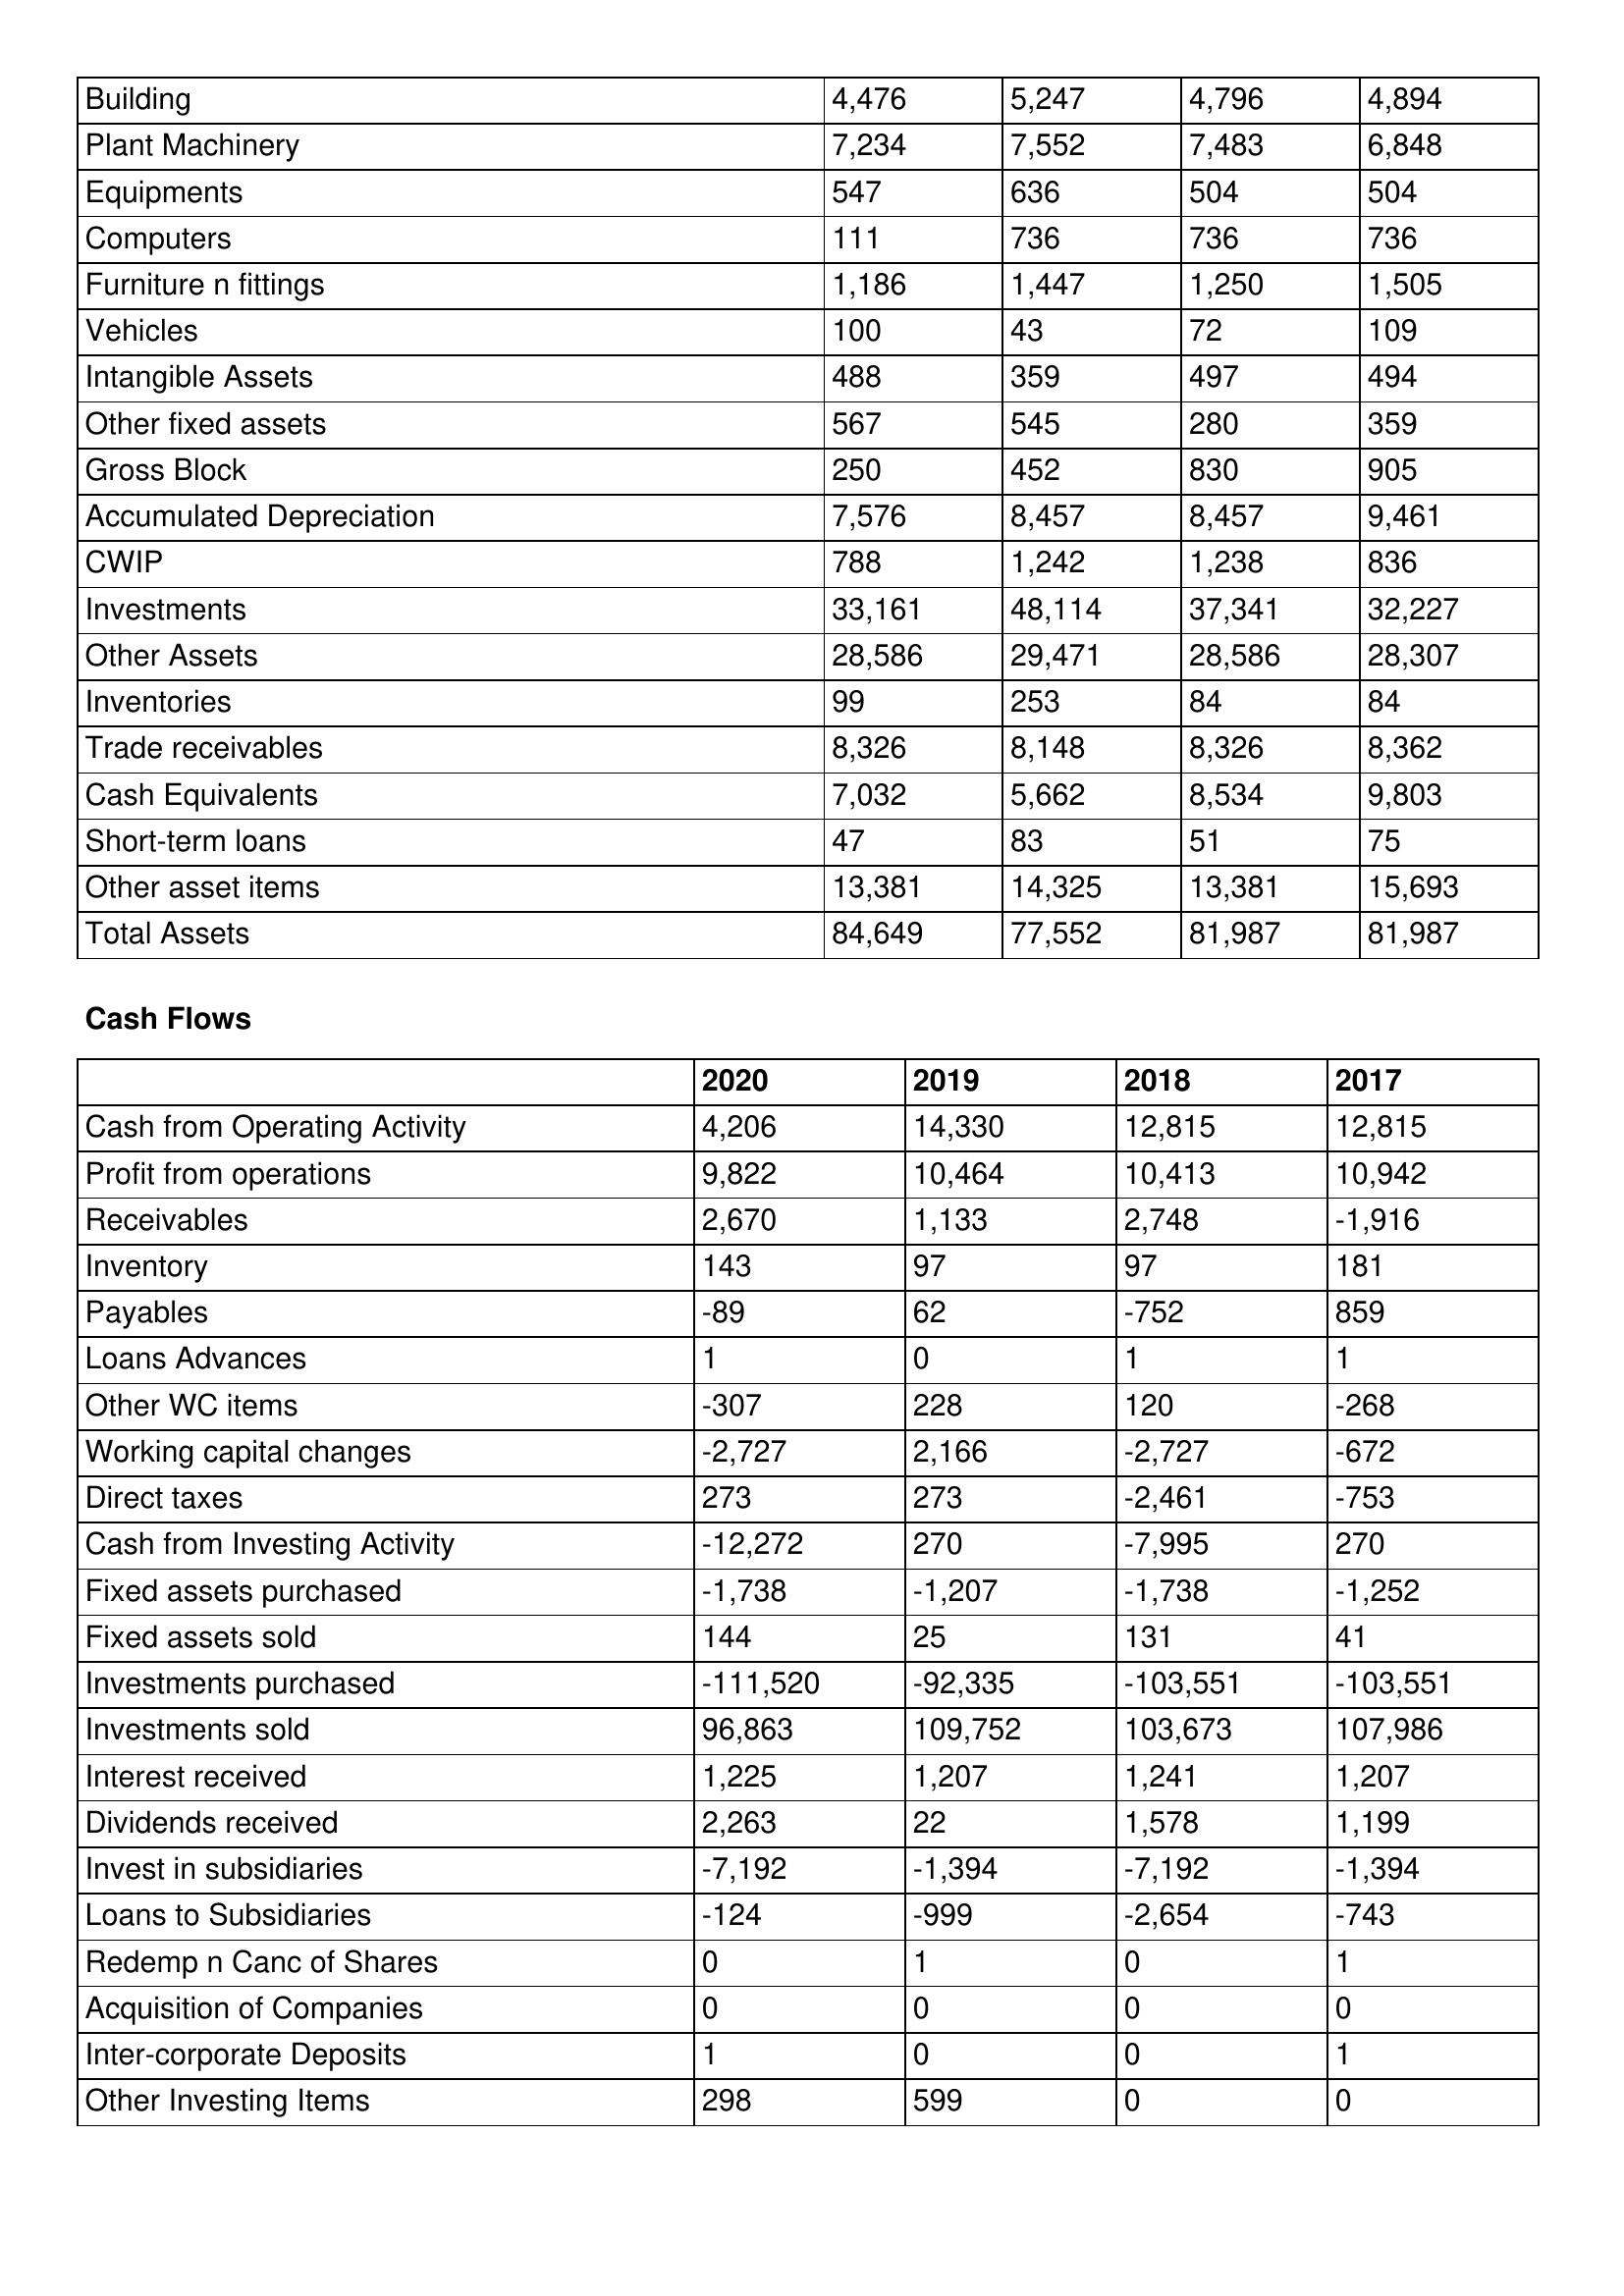
gt_parse: 2020: Balance Sheet: Building: 4,476
Plant Machinery: 7,234
Equipments: 547
Computers: 111
Furniture n fittings: 1,186
Vehicles: 100
Intangible Assets: 488
Other fixed assets: 567
Gross Block: 250
Accumulated Depreciation: 7,576
CWIP: 788
Investments: 33,161
Other Assets: 28,586
Inventories: 99
Trade receivables: 8,326
Cash Equivalents: 7,032
Short-term loans: 47
Other asset items: 13,381
Total Assets: 84,649
Cash Flows: Cash from Operating Activity: 4,206
Profit from operations: 9,822
Receivables: 2,670
Inventory: 143
Payables: -89
Loans Advances: 1
Other WC items: -307
Working capital changes: -2,727
Direct taxes: 273
Cash from Investing Activity: -12,272
Fixed assets purchased: -1,738
Fixed assets sold: 144
Investments purchased: -111,520
Investments sold: 96,863
Interest received: 1,225
Dividends received: 2,263
Invest in subsidiaries: -7,192
Loans to Subsidiaries: -124
Redemp n Canc of Shares: 0
Acquisition of Companies: 0
Inter-corporate Deposits: 1
Other Investing Items: 298
2019: Balance Sheet: Building: 5,247
Plant Machinery: 7,552
Equipments: 636
Computers: 736
Furniture n fittings: 1,447
Vehicles: 43
Intangible Assets: 359
Other fixed assets: 545
Gross Block: 452
Accumulated Depreciation: 8,457
CWIP: 1,242
Investments: 48,114
Other Assets: 29,471
Inventories: 253
Trade receivables: 8,148
Cash Equivalents: 5,662
Short-term loans: 83
Other asset items: 14,325
Total Assets: 77,552
Cash Flows: Cash from Operating Activity: 14,330
Profit from operations: 10,464
Receivables: 1,133
Inventory: 97
Payables: 62
Loans Advances: 0
Other WC items: 228
Working capital changes: 2,166
Direct taxes: 273
Cash from Investing Activity: 270
Fixed assets purchased: -1,207
Fixed assets sold: 25
Investments purchased: -92,335
Investments sold: 109,752
Interest received: 1,207
Dividends received: 22
Invest in subsidiaries: -1,394
Loans to Subsidiaries: -999
Redemp n Canc of Shares: 1
Acquisition of Companies: 0
Inter-corporate Deposits: 0
Other Investing Items: 599
2018: Balance Sheet: Building: 4,796
Plant Machinery: 7,483
Equipments: 504
Computers: 736
Furniture n fittings: 1,250
Vehicles: 72
Intangible Assets: 497
Other fixed assets: 280
Gross Block: 830
Accumulated Depreciation: 8,457
CWIP: 1,238
Investments: 37,341
Other Assets: 28,586
Inventories: 84
Trade receivables: 8,326
Cash Equivalents: 8,534
Short-term loans: 51
Other asset items: 13,381
Total Assets: 81,987
Cash Flows: Cash from Operating Activity: 12,815
Profit from operations: 10,413
Receivables: 2,748
Inventory: 97
Payables: -752
Loans Advances: 1
Other WC items: 120
Working capital changes: -2,727
Direct taxes: -2,461
Cash from Investing Activity: -7,995
Fixed assets purchased: -1,738
Fixed assets sold: 131
Investments purchased: -103,551
Investments sold: 103,673
Interest received: 1,241
Dividends received: 1,578
Invest in subsidiaries: -7,192
Loans to Subsidiaries: -2,654
Redemp n Canc of Shares: 0
Acquisition of Companies: 0
Inter-corporate Deposits: 0
Other Investing Items: 0
2017: Balance Sheet: Building: 4,894
Plant Machinery: 6,848
Equipments: 504
Computers: 736
Furniture n fittings: 1,505
Vehicles: 109
Intangible Assets: 494
Other fixed assets: 359
Gross Block: 905
Accumulated Depreciation: 9,461
CWIP: 836
Investments: 32,227
Other Assets: 28,307
Inventories: 84
Trade receivables: 8,362
Cash Equivalents: 9,803
Short-term loans: 75
Other asset items: 15,693
Total Assets: 81,987
Cash Flows: Cash from Operating Activity: 12,815
Profit from operations: 10,942
Receivables: -1,916
Inventory: 181
Payables: 859
Loans Advances: 1
Other WC items: -268
Working capital changes: -672
Direct taxes: -753
Cash from Investing Activity: 270
Fixed assets purchased: -1,252
Fixed assets sold: 41
Investments purchased: -103,551
Investments sold: 107,986
Interest received: 1,207
Dividends received: 1,199
Invest in subsidiaries: -1,394
Loans to Subsidiaries: -743
Redemp n Canc of Shares: 1
Acquisition of Companies: 0
Inter-corporate Deposits: 1
Other Investing Items: 0